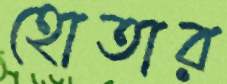
হোতার